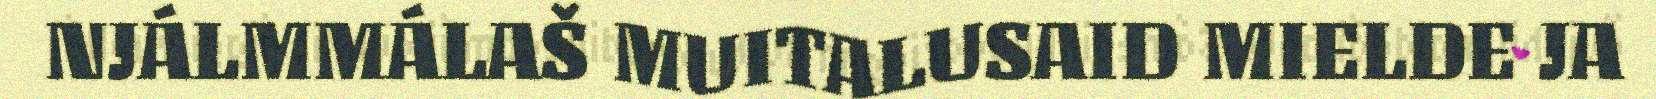
NJÁLMMÁLAŠ MUITALUSAID MIELDE JA